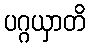
ပဂ္ဂယှာတိ